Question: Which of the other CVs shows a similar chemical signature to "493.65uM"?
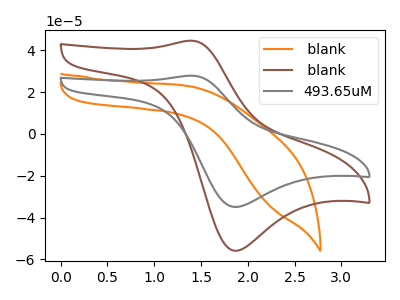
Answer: <think>The orange curve " blank" has no peaks. The brown curve " blank" has an anodic peak at (1.40V, 44.60uA) and a cathodic peak at (1.85V, -55.90uA). The gray curve "493.65uM" has an anodic peak at (1.40V, 27.85uA) and a cathodic peak at (1.85V, -34.95uA).
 " blank" and " blank" have a different number of peaks. " blank" and "493.65uM" have a different number of peaks. All the peaks in " blank" have a peak in "493.65uM" at the same potential. Every peak in " blank" is higher than every peak in "493.65uM".</think>
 <answer>The CV with the most similar shape to " blank" is "493.65uM".</answer>
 <eval>"493.65uM"</eval>